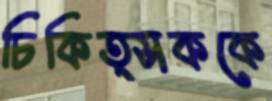
চিকিত্সককে